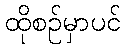
ထိုစဉ်မှာပင်